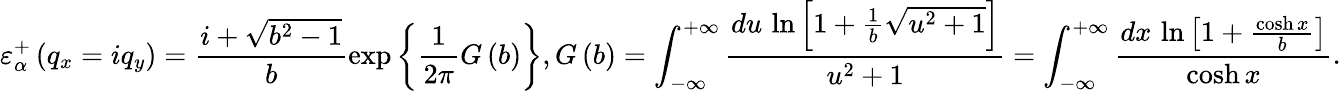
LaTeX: \varepsilon_{\alpha}^{+}\left({{q}_{x}}=i{{q}_{y}}\right)=\frac{i+\sqrt{{{b}^{2}}-1}}{b}\exp\left\{ \frac{1}{2\pi}G\left(b\right)\right\} ,G\left(b\right)=\int_{-\infty}^{+\infty}{\frac{du\, \ln\left[1+\frac{1}{b}\sqrt{{{u}^{2}}+1}\right]}{{{u}^{2}}+1}}=\int_{-\infty}^{+\infty}{\frac{dx\, \ln\left[1+\frac{\cosh x}{b}\right]}{\cosh x}}.